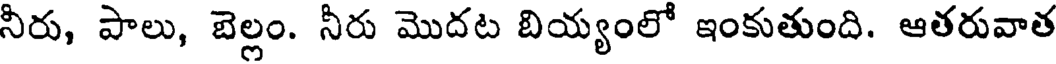
నీరు, పాలు, బెల్లం. నీరు మొదట బియ్యంలో ఇంకుతుంది. ఆతరువాత